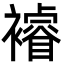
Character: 𮖼